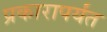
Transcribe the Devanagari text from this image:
प्रकारापर्यंत